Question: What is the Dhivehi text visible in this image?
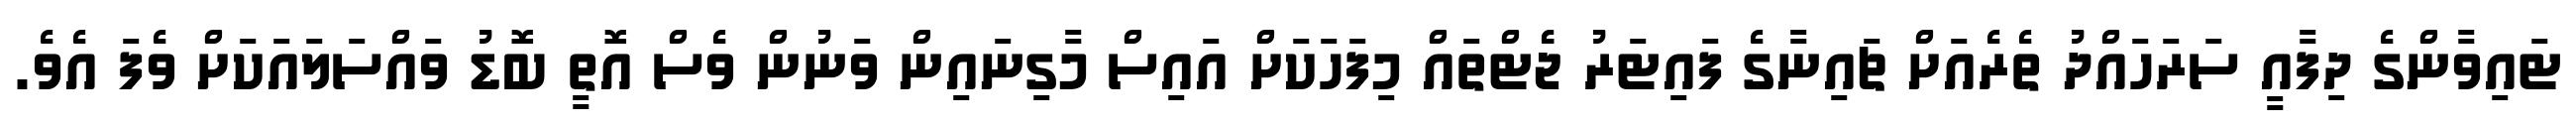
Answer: ޓައިވާންގެ ދިފާއީ ސަރަހައްދު ތެރެއަށް ޗައިނާގެ ފައިޓަރު ޖެެޓްތައް މިފަހަކަށް އައިސް މާގިނައިން ވަނުން ވެސް އޮތީ ބޮޑު ވައްސަލައަކަށް ވެފަ އެވެ.